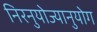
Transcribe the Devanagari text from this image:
निरनुयोज्यानुयोग